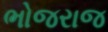
ભોજરાજ